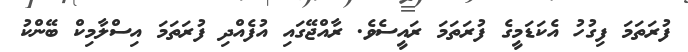
ފުރަތަމަ ފިގުހު އެކަޑަމީގެ ފުރަތަމަ ރައީސެވެ. ރާއްޖޭގައި އުފެއްދި ފުރަތަމަ އިސްލާމިކް ބޭންކު